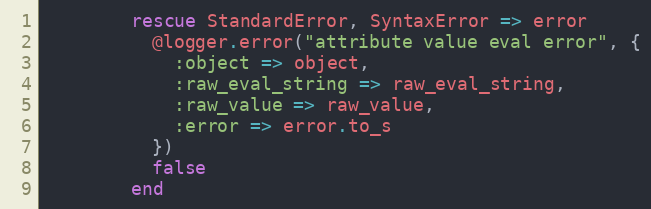
Language: Ruby
        rescue StandardError, SyntaxError => error
          @logger.error("attribute value eval error", {
            :object => object,
            :raw_eval_string => raw_eval_string,
            :raw_value => raw_value,
            :error => error.to_s
          })
          false
        end